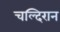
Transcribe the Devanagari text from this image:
चल्दिरान